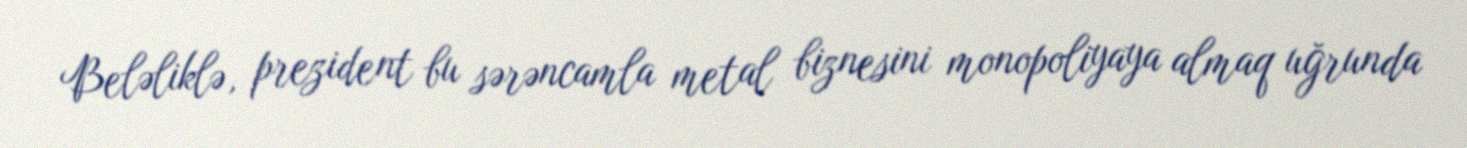
Beləliklə, prezident bu sərəncamla metal biznesini monopoliyaya almaq uğrunda